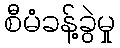
စီမံခန့်ခွဲမှု